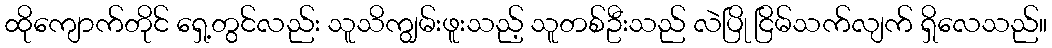
ထိုကျောက်တိုင် ရှေ့တွင်လည်း သူသိကျွမ်းဖူးသည့် သူတစ်ဦးသည် လဲပြို ငြိမ်သက်လျက် ရှိလေသည်။